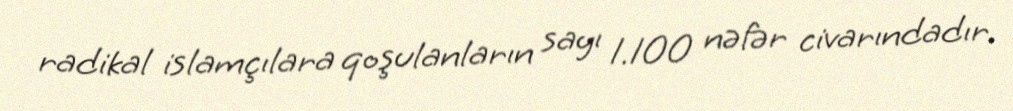
radikal islamçılara qoşulanların sayı 1.100 nəfər civarındadır.